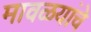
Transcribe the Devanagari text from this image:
मावळयांचे